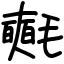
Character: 𣰰